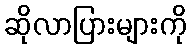
ဆိုလာပြားများကို